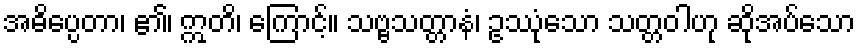
အဓိပ္ပေတာ၊ ၏၊ ဣတိ၊ ကြောင့်။ သဗ္ဗသတ္တာနံ၊ ဥဿုံသော သတ္တဝါဟု ဆိုအပ်သော